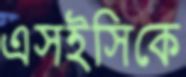
এসইসিকে